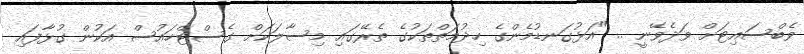
ވެބްސައިޓަށް ވަދެވޭނީ .. "އަޅުގަނޑުމެންގެ ހިދުމަތްތަކުގެ ތެރޭގައި މިސާލަކަށް ގެސްޓްހައުސް އަކުން ގުޅާފައި